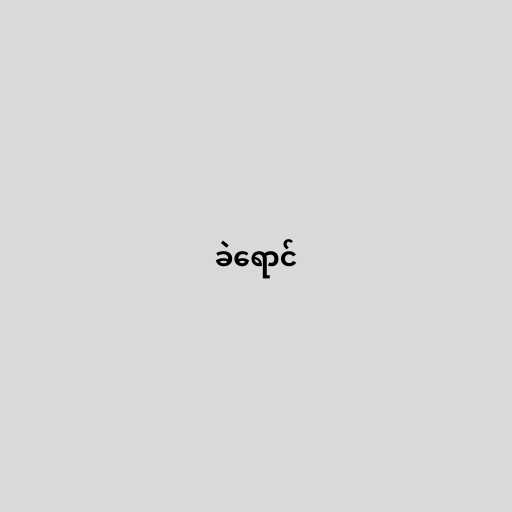
ခဲရောင်